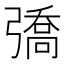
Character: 𢐟